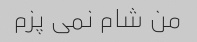
من شام نمی پزم